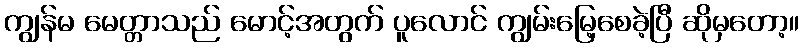
ကျွန်မ မေတ္တာသည် မောင့်အတွက် ပူလောင် ကျွမ်းမြေ့စေခဲ့ပြီ ဆိုမှတော့။